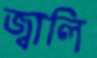
জ্বালি